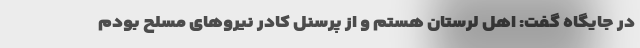
در جایگاه گفت: اهل لرستان هستم و از پرسنل کادر نیرو‌های مسلح بودم